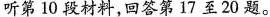
听第 10 段材料,回答第17 至20 题.